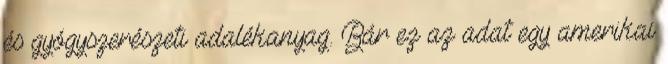
és gyógyszerészeti adalékanyag. Bár ez az adat egy amerikai